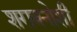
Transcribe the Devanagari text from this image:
शराबनोशी